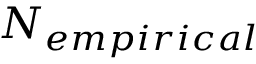
N _ { e m p i r i c a l }